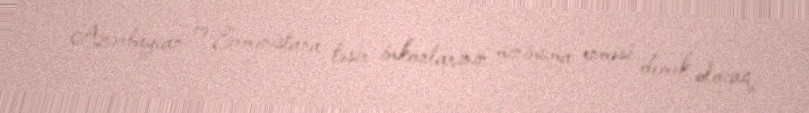
Azərbaycan və Ermənistana təsir imkanlarının minimuma enməsi demək olacaq.